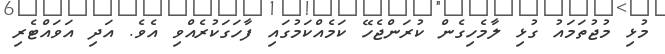
މުޅި މުޖުތަމައު ގުޅި ލާމެހިގެން ކުރަންޖެހޭ ކަމެއްކަމުގައި ފާހަގަކުރެއްވި އެވެ. އަދި އަވައްޓެރި